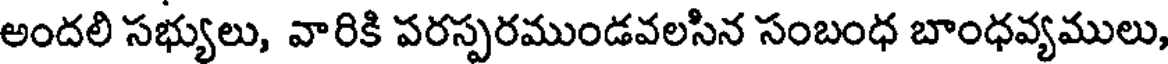
అందలి సభ్యులు, వారికి పరస్పరముండవలసిన సంబంధ బాంధవ్యములు,